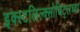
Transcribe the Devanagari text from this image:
इक्स्टलिल्क्सोचिट्लच्या